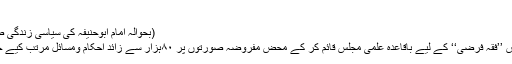
‘‘
(بحوالہ امام ابوحنیفہ کی سیاسی زندگی ص ۲۳۵، از مولانا مناظر احسن گیلانی)
جبکہ حضرت امام اعظم ابوحنیفہؒ نے اس ’’فقہ فرضی‘‘ کے لیے باقاعدہ علمی مجلس قائم کر کے محض مفروضہ صورتوں پر ۸۰ہزار سے زائد احکام ومسائل مرتب کیے جو آج تک فقہ حنفی کی علمی اساس ہیں۔